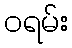
ဝရမ်း